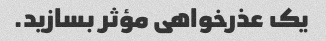
یک عذرخواهی مؤثر بسازید.